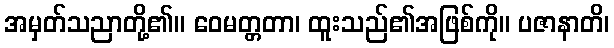
အမှတ်သညာတို့၏။ ဝေမတ္တတာ၊ ထူးသည်၏အဖြစ်ကို။ ပဇာနာတိ၊